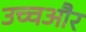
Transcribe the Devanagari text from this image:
उच्चऔर